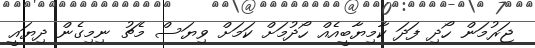
ޖަރުމަން ހޯދި ފަދަ ކާމިޔާބީއެއް ހޯދުމަށް ކަމަށް ވިޔަސް މެޗު ނިމިގެން ދިޔައީ